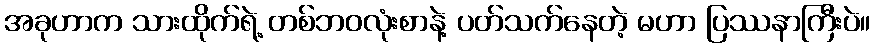
အခုဟာက သားထိုက်ရဲ့ တစ်ဘဝလုံးစာနဲ့ ပတ်သက်နေတဲ့ မဟာ ပြဿနာကြီးပဲ။